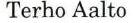
Terho Aalto